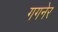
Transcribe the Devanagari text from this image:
गगनेर